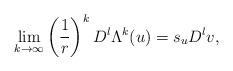
LaTeX: \begin{align*}\lim_{k \rightarrow \infty} \left(\frac{1}{r}\right)^k D^{l} \Lambda^k(u) =s_u D^{l} v,\end{align*}